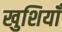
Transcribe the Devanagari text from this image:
खुशियॉँ